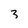
Character: 3